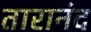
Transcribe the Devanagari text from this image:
तारानंद